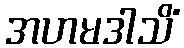
အဟမဒါသိံ